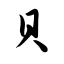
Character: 贝